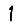
Digit: 1